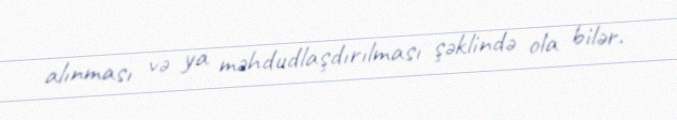
alınması və ya məhdudlaşdırılması şəklində ola bilər.